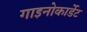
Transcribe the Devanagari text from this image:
गाइनोकार्डेट